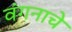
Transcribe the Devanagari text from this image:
वंगनाचे